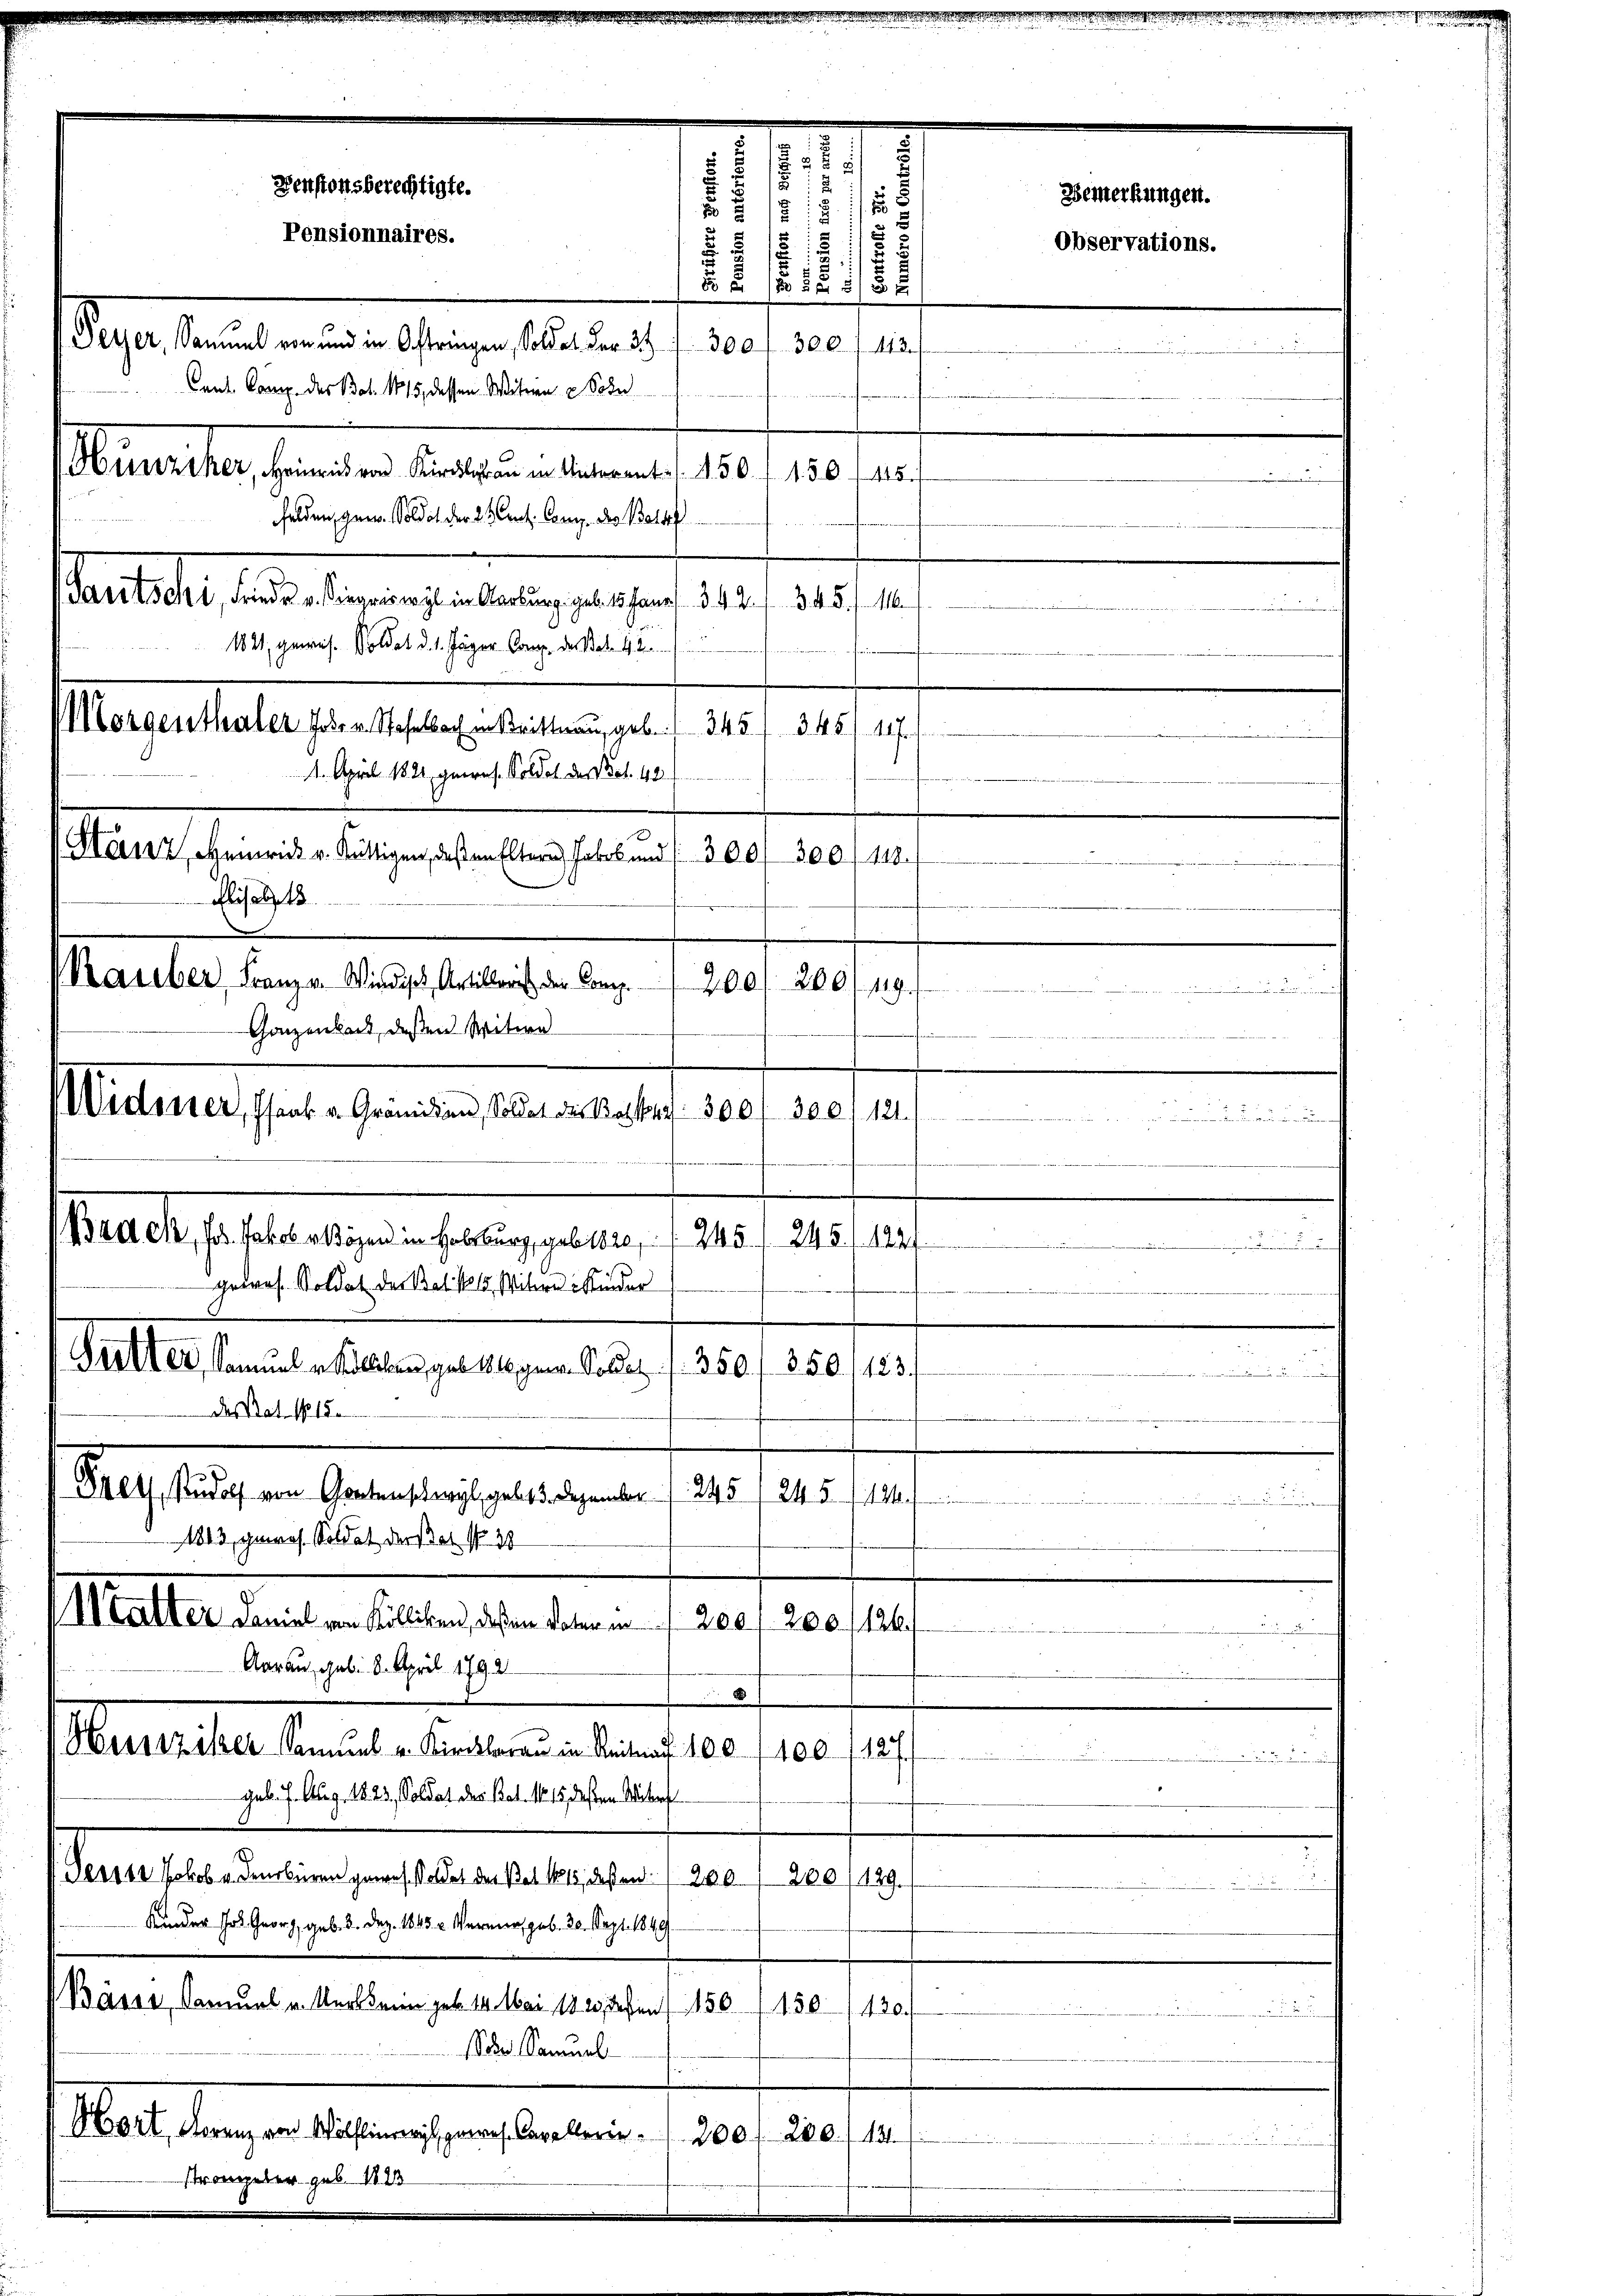
Ganzenbacht, deßen Witwe
Malteres state Grunden sie als et 10.

Gautschi, Frieder v. Sigriswyl in Aarburg geb. 18 Janr. 342 f. 345. 16.
1841, gewes. Soldat d. 1. Jäger Comp. des et 12
Morgenthaler Joder Stefelbach in Streittnau, geb. 1 345. 345) 117.
e
1. April 1821, geeres. Soldet der Prof. 42
Elisel 18

Rauber Franz v. Windisch, Artillerist der Comp.
sa
200
300) 121.

Reale Gestalten in angesagte, 1890. 21./12.

gewros. Soldat der Balle Mitere Kinder
Füller, Samuel v. Kollen, geb. 1816. gen. Soldet. . 350
eslau
.
des Nat. No. 180
h leisten Gelegten habe genen 10. 191. 1907.

1843, gewes. Soldat der Bei No 39
Malles deuten Aber den den Parteresses
Aarau, gab. 8. April 1792
8
Hesssziker Samuel u. Kirchlerau in Reitraf 100/100. 1127)

geb. f. Aug. 1823, Soldat der Rat. 11. 15, deßen Miterf
Sesser Jolobe derbüren gewesoldet der Pat 1815, daß an. 1200. 200, 129.
Kinder Jos. Georg, geb. 3. Dez. 1883 u. Warner, geb. 20. Sept. 1849
Bässe, Samuel u. Verken geb. 14. Mai 182, den 150 1150/120
Sen Samuel
Hort Franz von Wölflin, gewes. Capellarie 200 f 280. 131.
strompeter geb. 1823

.
2
d
1
Denstonsberechtigte.
Bemerkungen.
5
2
d
Pensionnaires.
Observations.
5
.

Peyer, Samuel von und in Oftringen, sollen der 39 f. 300 f 300 f 113.
Cant. Comp. des Bat. 1815, dessen Witern & Sohn
Häuercher, Heinrich und Kritien in Antraent. 150 f 150 fl
.
felden, gen. Soldat der 25 Ct. Com. Der Betref

Stanz, Meinrick v. Rüttigen, daß an Eltern) Farb und 1300) 300/19

ii